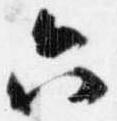
六